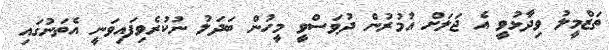
ތަޒްމީލު ވިދާޅުވީ އެ ޖަލަށް އުމުރުން ދުވަސްވީ މީހުން ބަދަލު ނުކުރެވިފައިވަނީ އެތަނުގައި